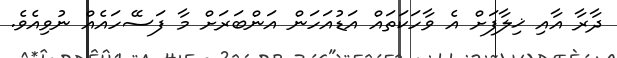
ދާރާ އާއި ޚިލާފަށް އެ ވާހަކަތައް އަޑުއަހަން އަންބަރަށް މާ ފަސޭހައެއް ނުވިއެވެ.